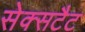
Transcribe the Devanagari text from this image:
सेक्सटैट